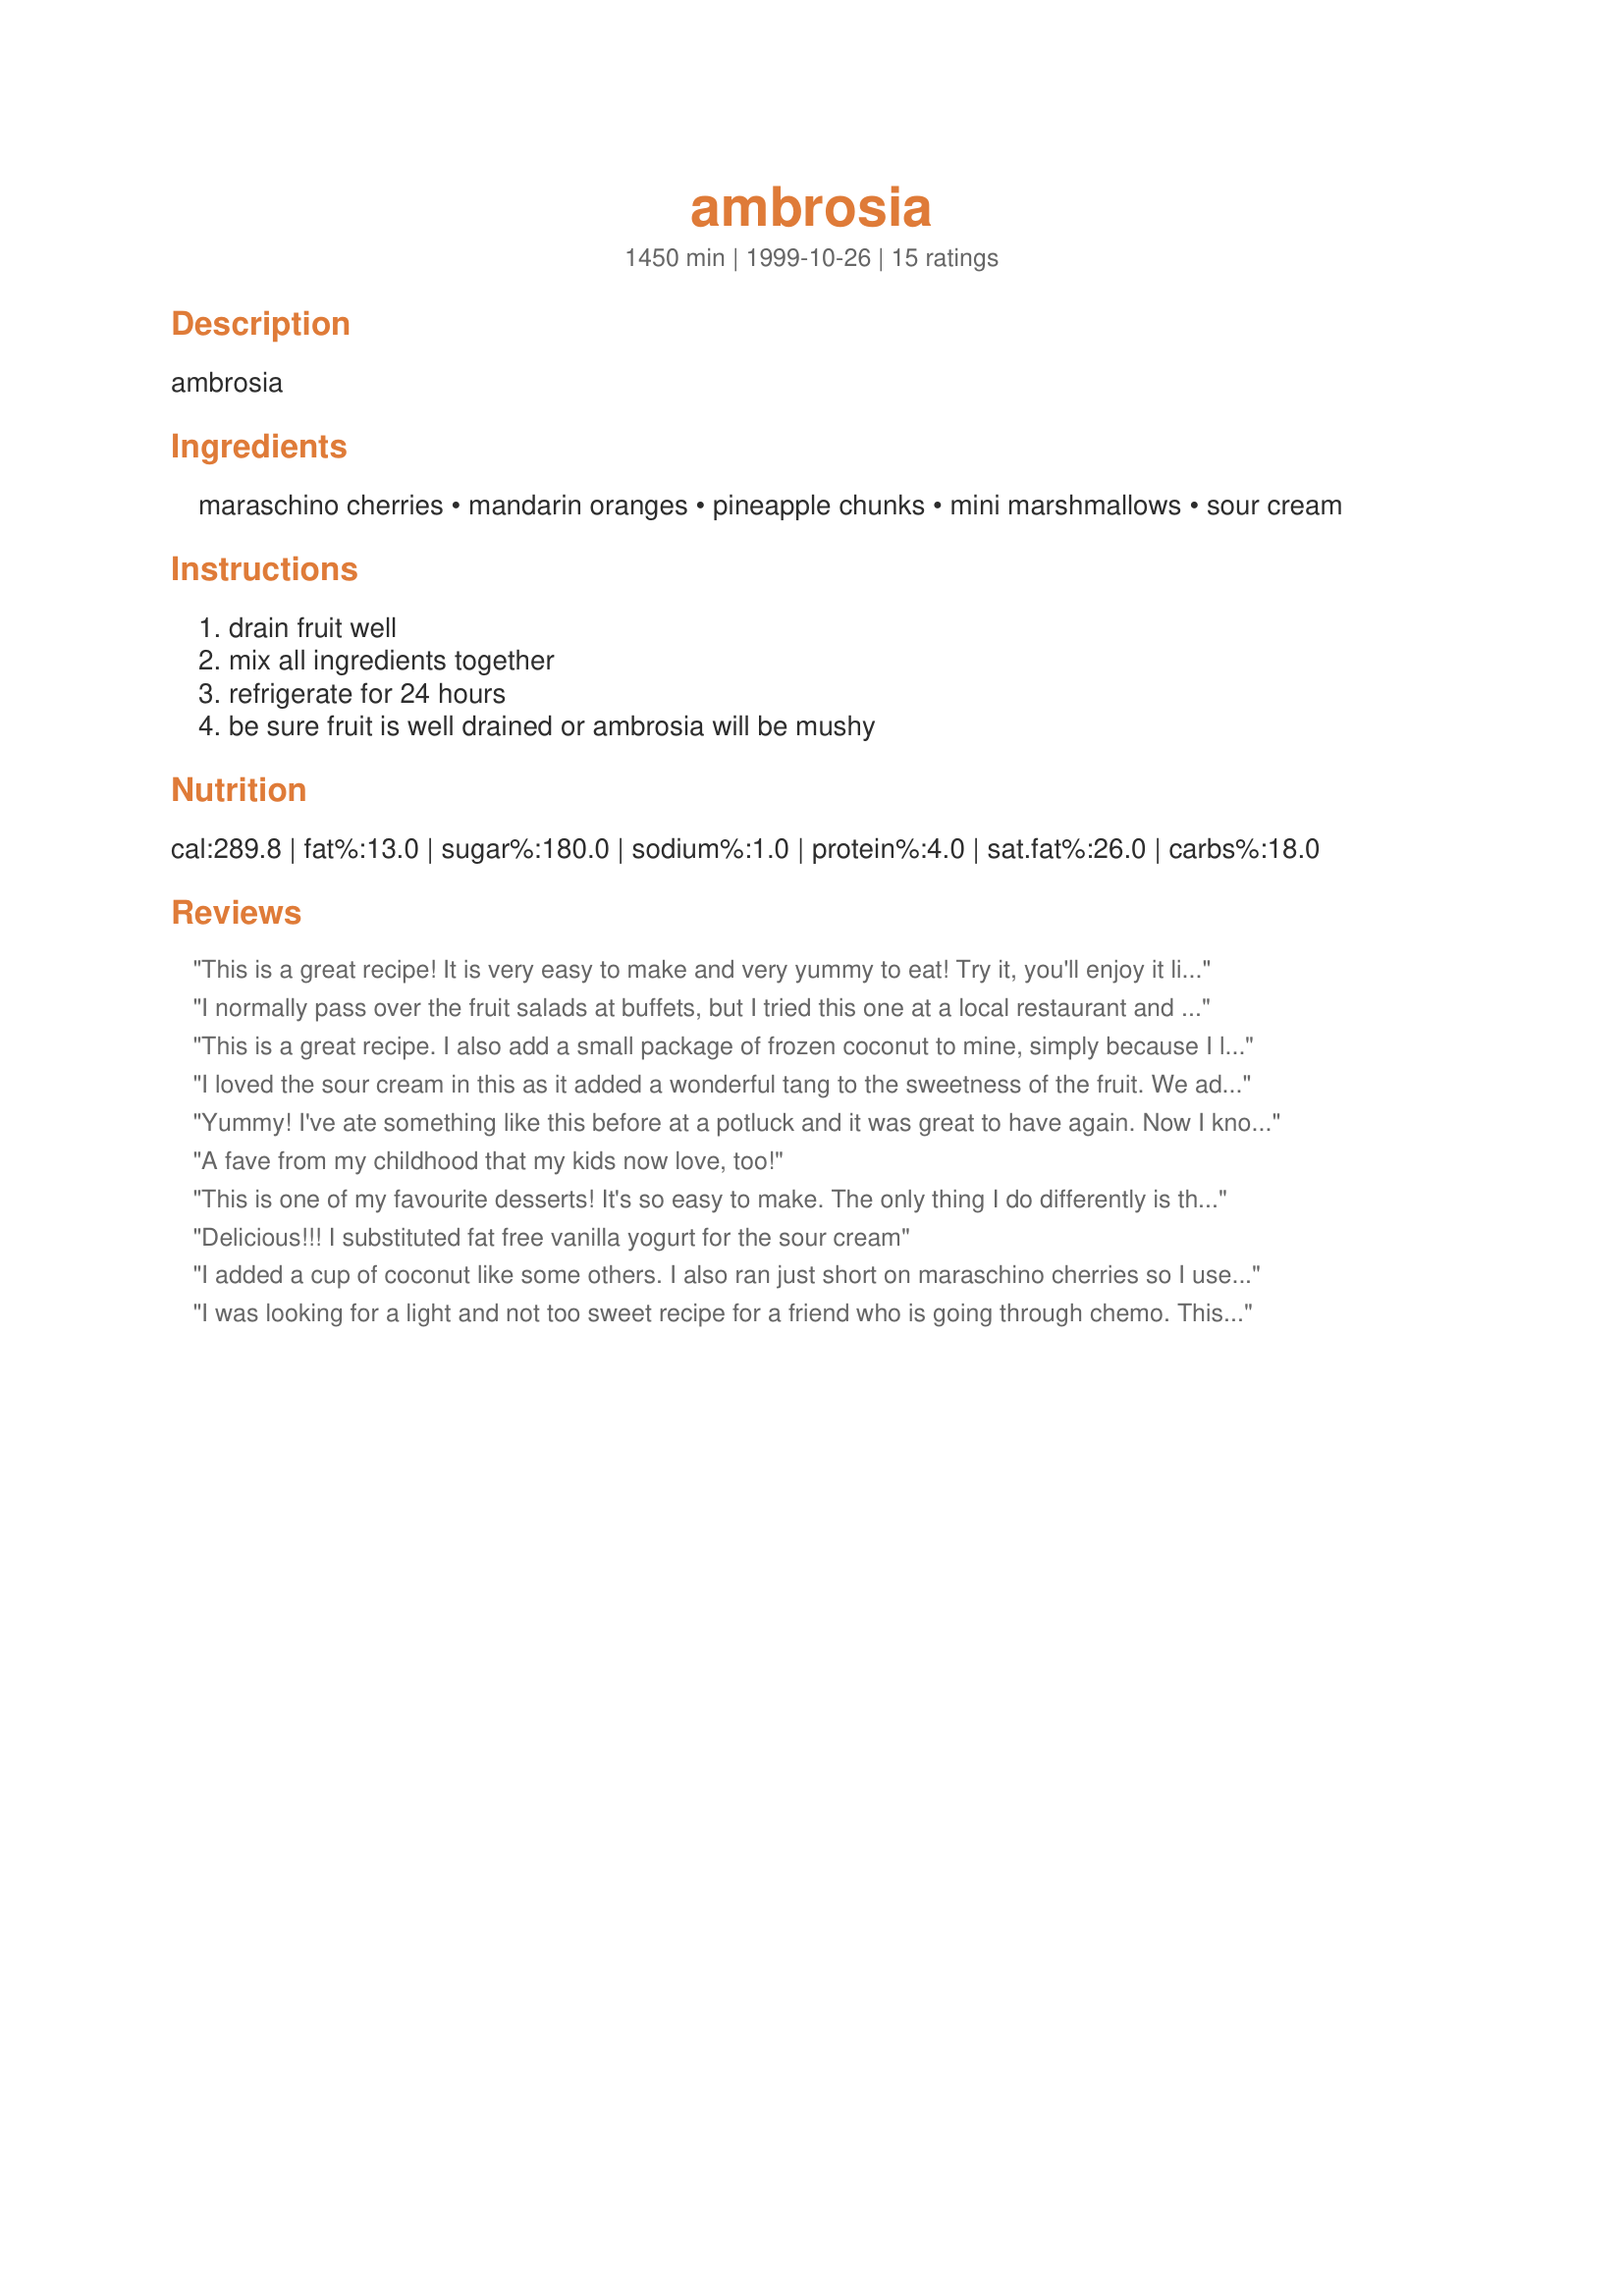
ambrosia
Preparation time: 1450 minutes

ambrosia

Ingredients:
maraschino cherries, mandarin oranges, pineapple chunks, mini marshmallows, sour cream

Steps:
drain fruit well, mix all ingredients together, refrigerate for 24 hours, be sure fruit is well drained or ambrosia will be mushy

Reviews:
This is a great recipe! It is very easy to make and very yummy to eat! Try it, you'll enjoy it like we did!
I normally pass over the fruit salads at buffets, but I tried this one at a local restaurant and knew I had to come find a recipe. The restaurant added a ton of grated coconut to their recipe, but it looks to be the same otherwise. Thanks for posting, can't wait to make this!!!
This is a great recipe. I also add a small package of frozen coconut to mine, simply because I love coconut. Thanks for the great recipe.
I loved the sour cream in this as it added a wonderful tang to the sweetness of the fruit. We added a lot of coconut and some pecans for texture and flavor.
Yummy! I've ate something like this before at a potluck and it was great to have again. Now I know the recipe and can make it for my family. Thank you so much for sharing.
A fave from my childhood that my kids now love, too!
This is one of my favourite desserts! It's so easy to make. The only thing I do differently is that I use a can of crushed pineapple (drained) and add a cup of coconut. I don't mix in the quartered cherries, I place them on top. Thanks for posting!
Delicious!!! I substituted fat free vanilla yogurt for the sour cream
I added a cup of coconut like some others. I also ran just short on maraschino cherries so I used the leftover CANDIED cherries from my Christmas baking and they worked great here! It's REALLY hard to not eat the entire batch!!! It reminds me of the holiday fruit salad that my mom used to make when I was a kid...but we just called it 'FRUIT SALAD'!
I was looking for a light and not too sweet recipe for a friend who is going through chemo. This one is great! Just the right about of fresh taste and pleasant sweetness without being heavy. Fabulous!
EXCELLENT! I doubled the fruit and marshamallos (BIG FAMILY) and used the 8 ounces sour cream and 8 ounces of cool whip. Also added a cup of coconut. LOVED IT!!!
My daughter loves this recipe! I have made this so many times and just forgot to rate it. We have so much fun telling everyone that there is a &quot;secret&quot; ingredient (sour cream). It is an easy and delicious recipe that my 12 year old daughter and I enjoy making together. Thanks!
This will be perfect for these hot summer days. Nice combination of flavors for the different fruits. This recipe is perfect for us since neither one of us like the taste of coconut. Note: A few days later and we are still eating on it and it gets better every day. The marshmallows have gotten a little mushy, but who cares.:) So, I've upgraded to 5 stars.
Just like I remember from my Family Holiday gatherings! I added a hint of vanilla to perk it up a tad...
OHMILORDY is this stuff to DIE for! I too added a handful of coconut and 1/2 tsp of almond flavoring to schnaz it up. It didn't need it, but I like flavors to "pop". It's a HUGE hit in our home right now, thank you for sharing, will make many times this summer for picnics and all! LA :-)
